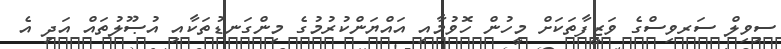
ސިވިލް ސަރވިސްގެ ވަޒީފާތަކަށް މީހުން ހޮވުމާއި އައްޔަންކުރުމުގެ މިންގަނޑުތަކާއި އުޞޫލުތައް އަދި އެ